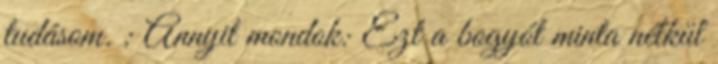
tudásom. : Annyit mondok: Ezt a bogyót minta nélkül